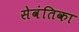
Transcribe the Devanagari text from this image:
सेवंतिका